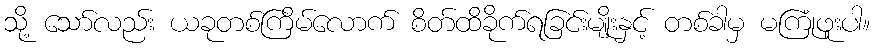
သို့ သော်လည်း ယခုတစ်ကြိမ်လောက် စိတ်ထိခိုက်ရခြင်းမျိုးနှင့် တစ်ခါမှ မကြုံဖူးပါ။